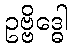
ဥဗ္ဗိဒ္ဓေါ